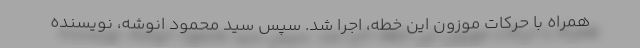
همراه با حرکات موزون این خطه، اجرا شد. سپس سید محمود انوشه، نویسنده